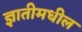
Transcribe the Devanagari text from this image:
ज्ञातीमधील